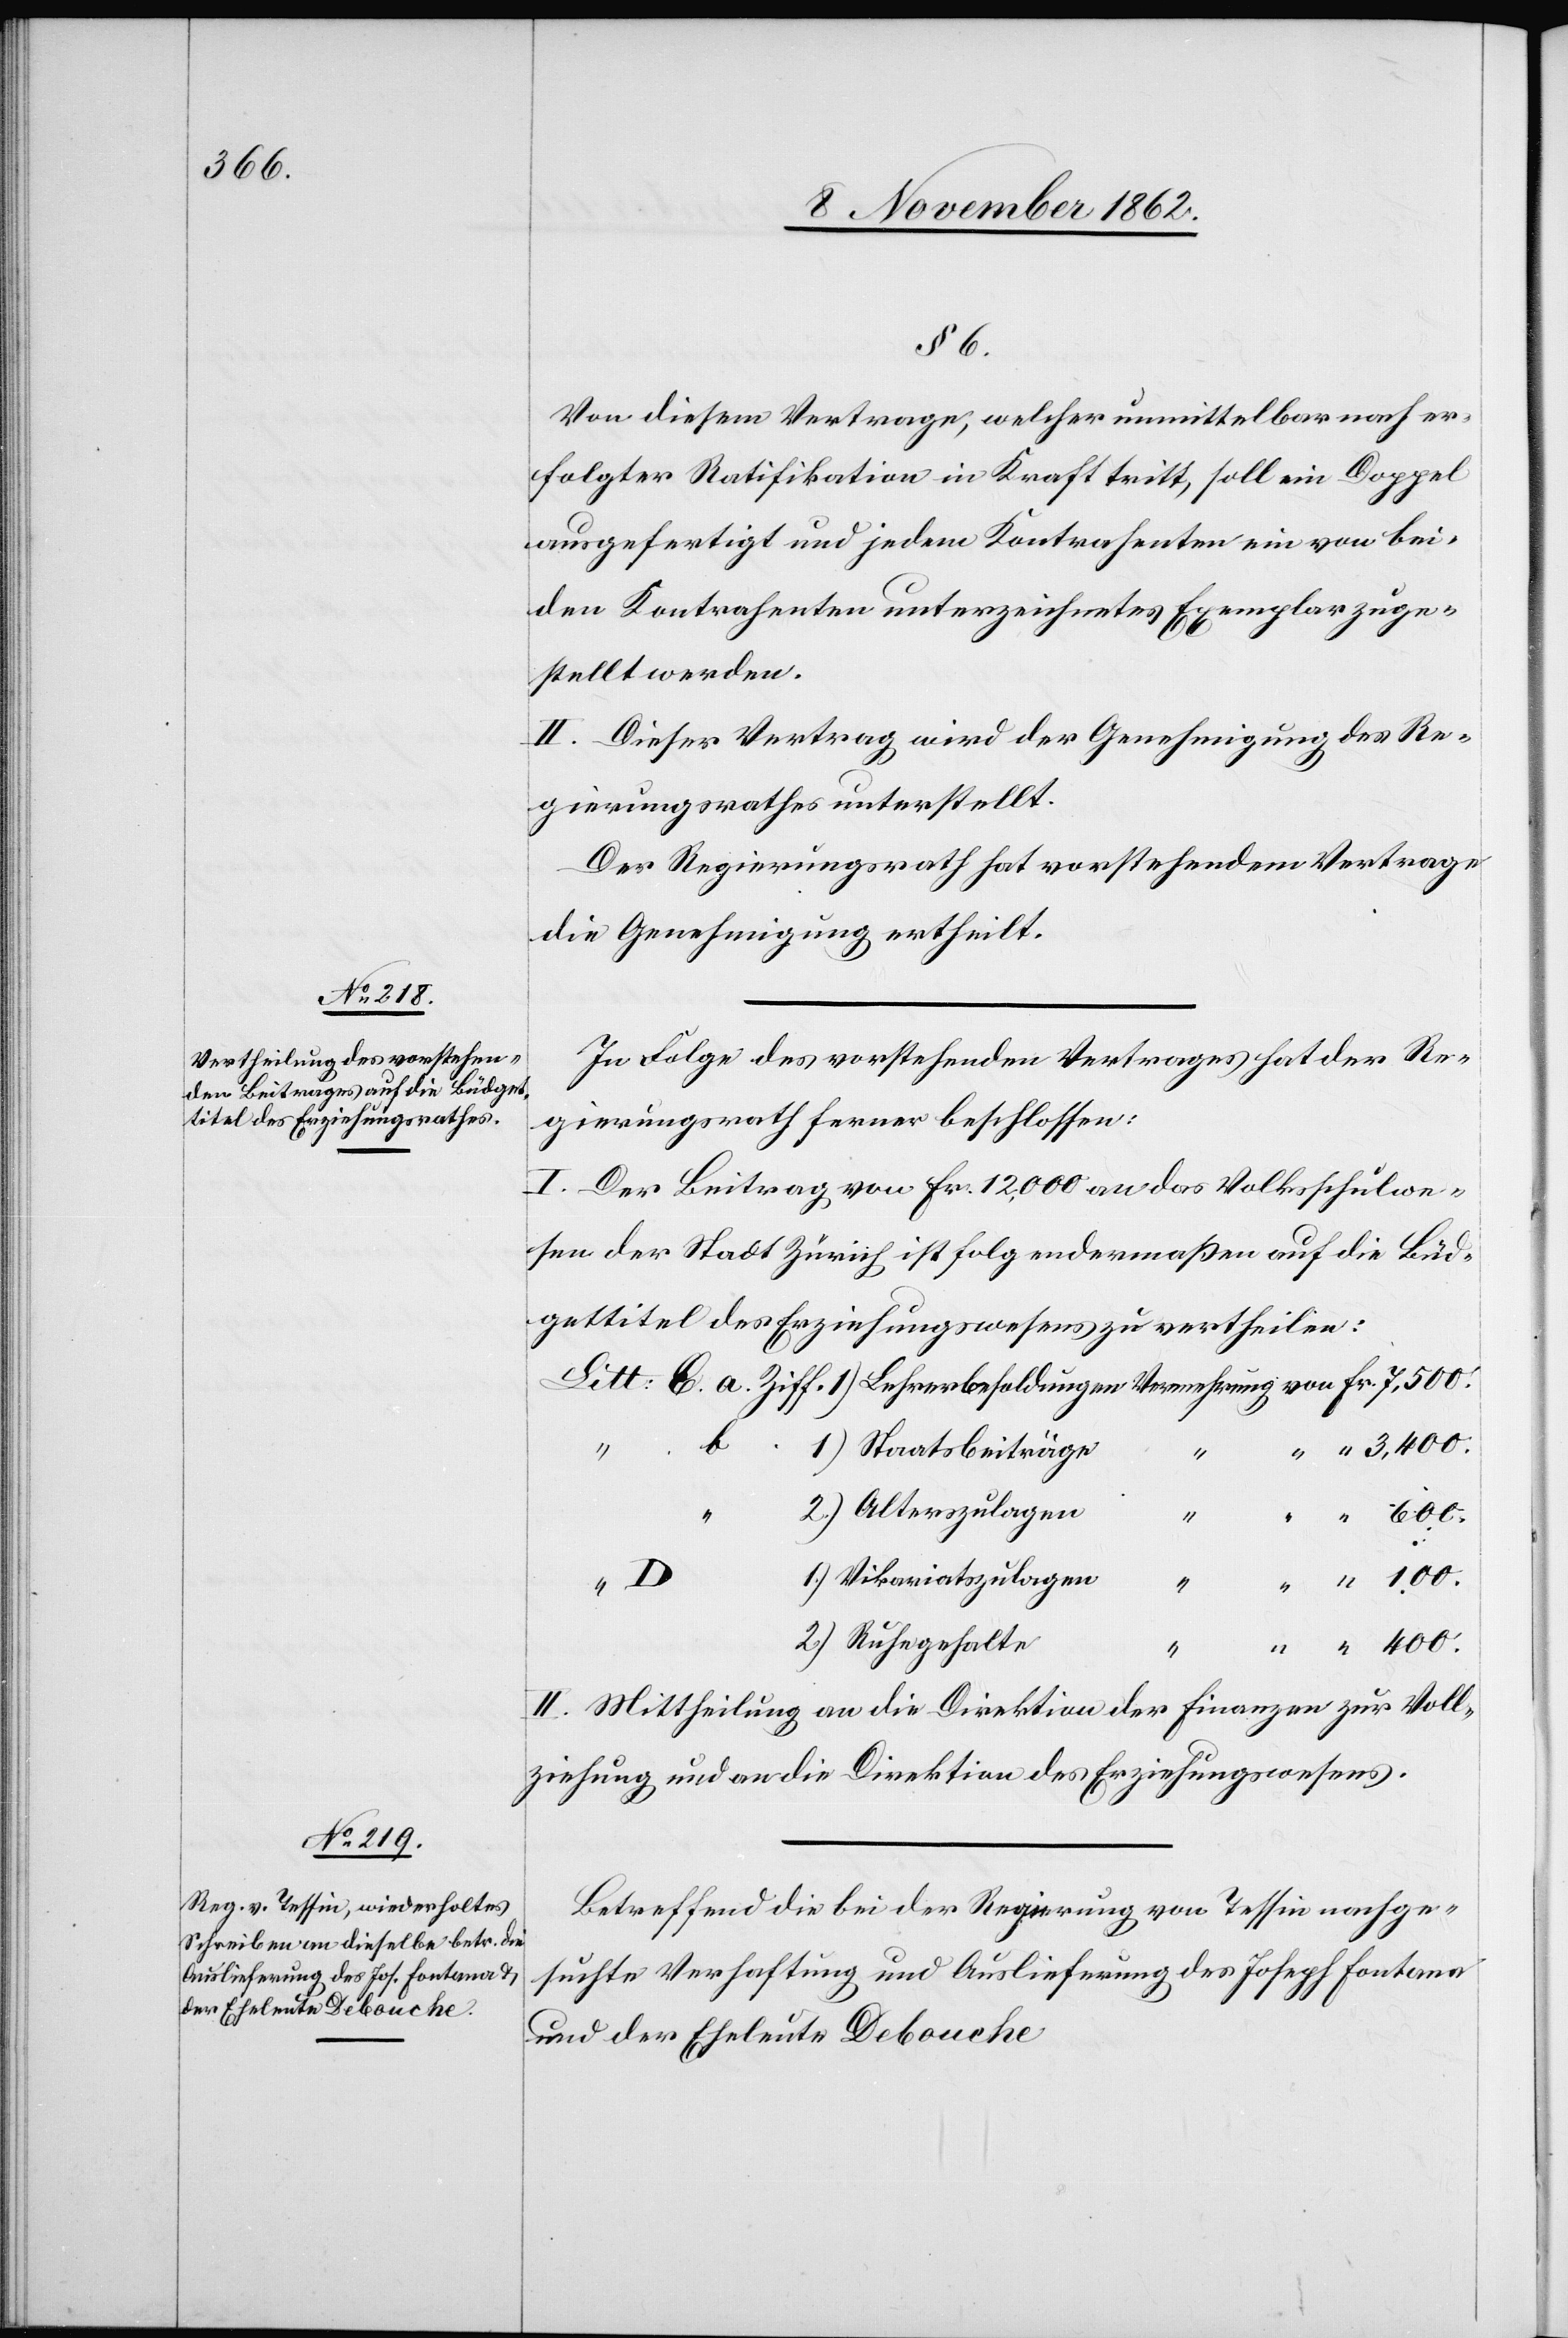
3,400.

§ 6.
Von diesem Vertrage, welcher unmittelbar nach er¬
folgter Ratifikation in Kraft tritt, soll ein Doppel
ausgefertigt und jedem Kontrahenten ein von bei¬
den Kontrahenten unterzeichnetes Exemplar zuge¬
stellt werden.
II. Dieser Vertrag wird der Genehmigung des Re¬
gierungsrathes unterstellt.
Der Regierungsrath hat vorstehendem Vertrage
die Genehmigung ertheilt.
In Folge des vorstehenden Vertrages hat der Re¬
gierungsrath ferner beschlossen:
I. Der Beitrag von Fr. 12,000 an das Volksschulwe¬
sen der Stadt Zürich ist folgendermaßen auf die Büd¬
gettitel des Erziehungswesens zu vertheilen:
b.
Staatsbeiträge
Alterszulagen
“
“
Vikariatszulagen
400.
2)
Ruhegehalte
II. Mittheilung an die Direktion der Finanzen zur Voll¬
ziehung und an die Direktion des Erziehungswesens.
Betreffend die bei der Regierung von Tessin nachge¬
suchte Verhaftung und Auslieferung des Joseph Fontana
und der Eheleute Debouche